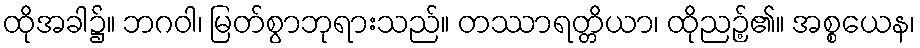
ထိုအခါ၌။ ဘဂဝါ၊ မြတ်စွာဘုရားသည်။ တဿာရတ္တိယာ၊ ထိုညဉ့်၏။ အစ္စယေန၊